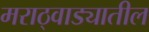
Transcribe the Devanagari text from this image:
मराठ्वाड्यातील